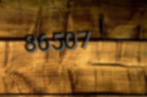
86507